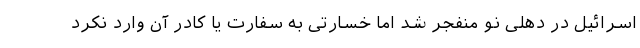
اسرائیل در دهلی نو منفجر شد اما خسارتی به سفارت یا کادر آن وارد نکرد